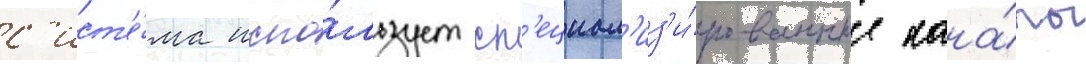
с'ист'е́ма испо́льзует сп'ециал'из'и́рованные кана́лы